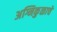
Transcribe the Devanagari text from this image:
अग्निकुळाचे